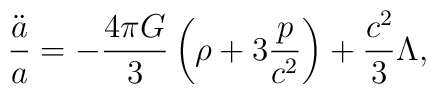
{\ddot{a}\over a}=-{{4\pi G}\over 3}\left(\rho+3{p\over c^2}\right)+{c^2\over 3}\Lambda,